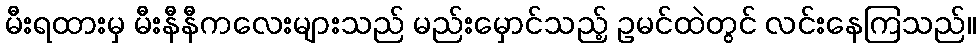
မီးရထားမှ မီးနီနီကလေးများသည် မည်းမှောင်သည့် ဥမင်ထဲတွင် လင်းနေကြသည်။